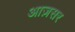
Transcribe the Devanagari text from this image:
आज़सर